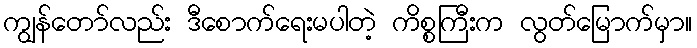
ကျွန်တော်လည်း ဒီစောက်ရေးမပါတဲ့ ကိစ္စကြီးက လွတ်မြောက်မှာ။